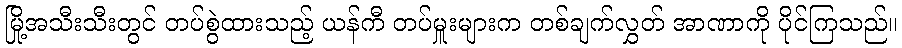
မြို့အသီးသီးတွင် တပ်စွဲထားသည့် ယန်ကီ တပ်မှူးများက တစ်ချက်လွှတ် အာဏာကို ပိုင်ကြသည်။